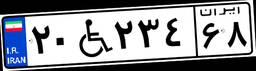
۴۰W۸۷۸۳۶